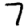
Digit: 7